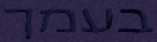
בעמך